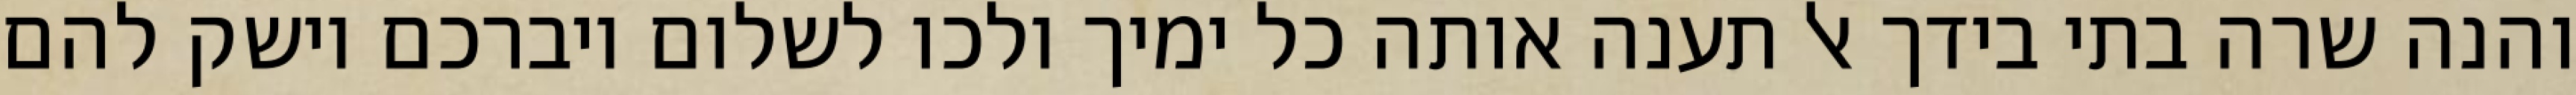
והנה שרה בתי בידך אל תענה אותה כל ימיך ולכו לשלום ויברכם וישק להם